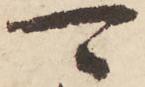
可